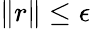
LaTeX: \lVert r\rVert\leq\epsilon